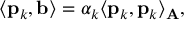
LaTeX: \langle \mathbf { p } _ { k } , \mathbf { b } \rangle = \alpha _ { k } \langle \mathbf { p } _ { k } , \mathbf { p } _ { k } \rangle _ { \mathbf { A } } ,